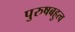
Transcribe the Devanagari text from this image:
पुरुषबहुत्व